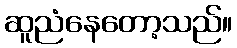
ဆူညံနေတော့သည်။